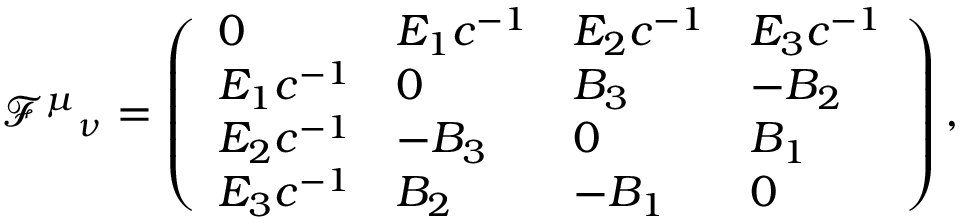
\mathcal { F } ^ { \mu } { } _ { \nu } = \left( \begin{array} { l l l l } { 0 } & { E _ { 1 } c ^ { - 1 } } & { E _ { 2 } c ^ { - 1 } } & { E _ { 3 } c ^ { - 1 } } \\ { E _ { 1 } c ^ { - 1 } } & { 0 } & { B _ { 3 } } & { - B _ { 2 } } \\ { E _ { 2 } c ^ { - 1 } } & { - B _ { 3 } } & { 0 } & { B _ { 1 } } \\ { E _ { 3 } c ^ { - 1 } } & { B _ { 2 } } & { - B _ { 1 } } & { 0 } \end{array} \right) ,